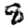
Digit: 8